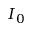
I _ { 0 }